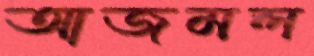
আজমল